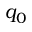
q _ { 0 }